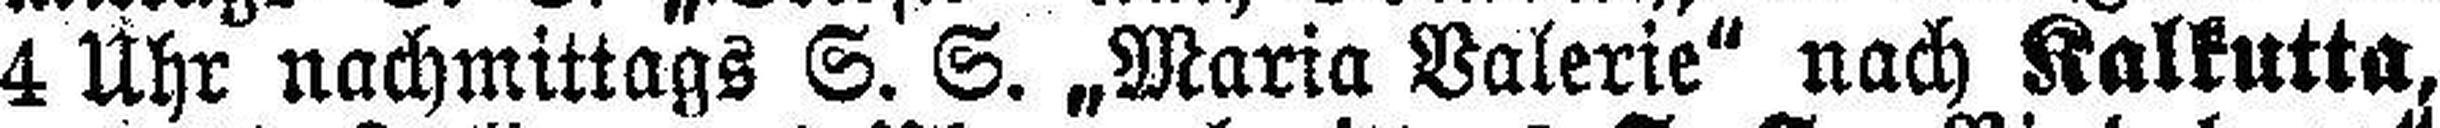
4 Uhr nachmittags S. S. „Maria Valerie" nach Kalkutta,